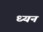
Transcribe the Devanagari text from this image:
ध्यन